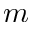
m